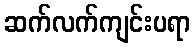
ဆက်လက်ကျင်းပရာ